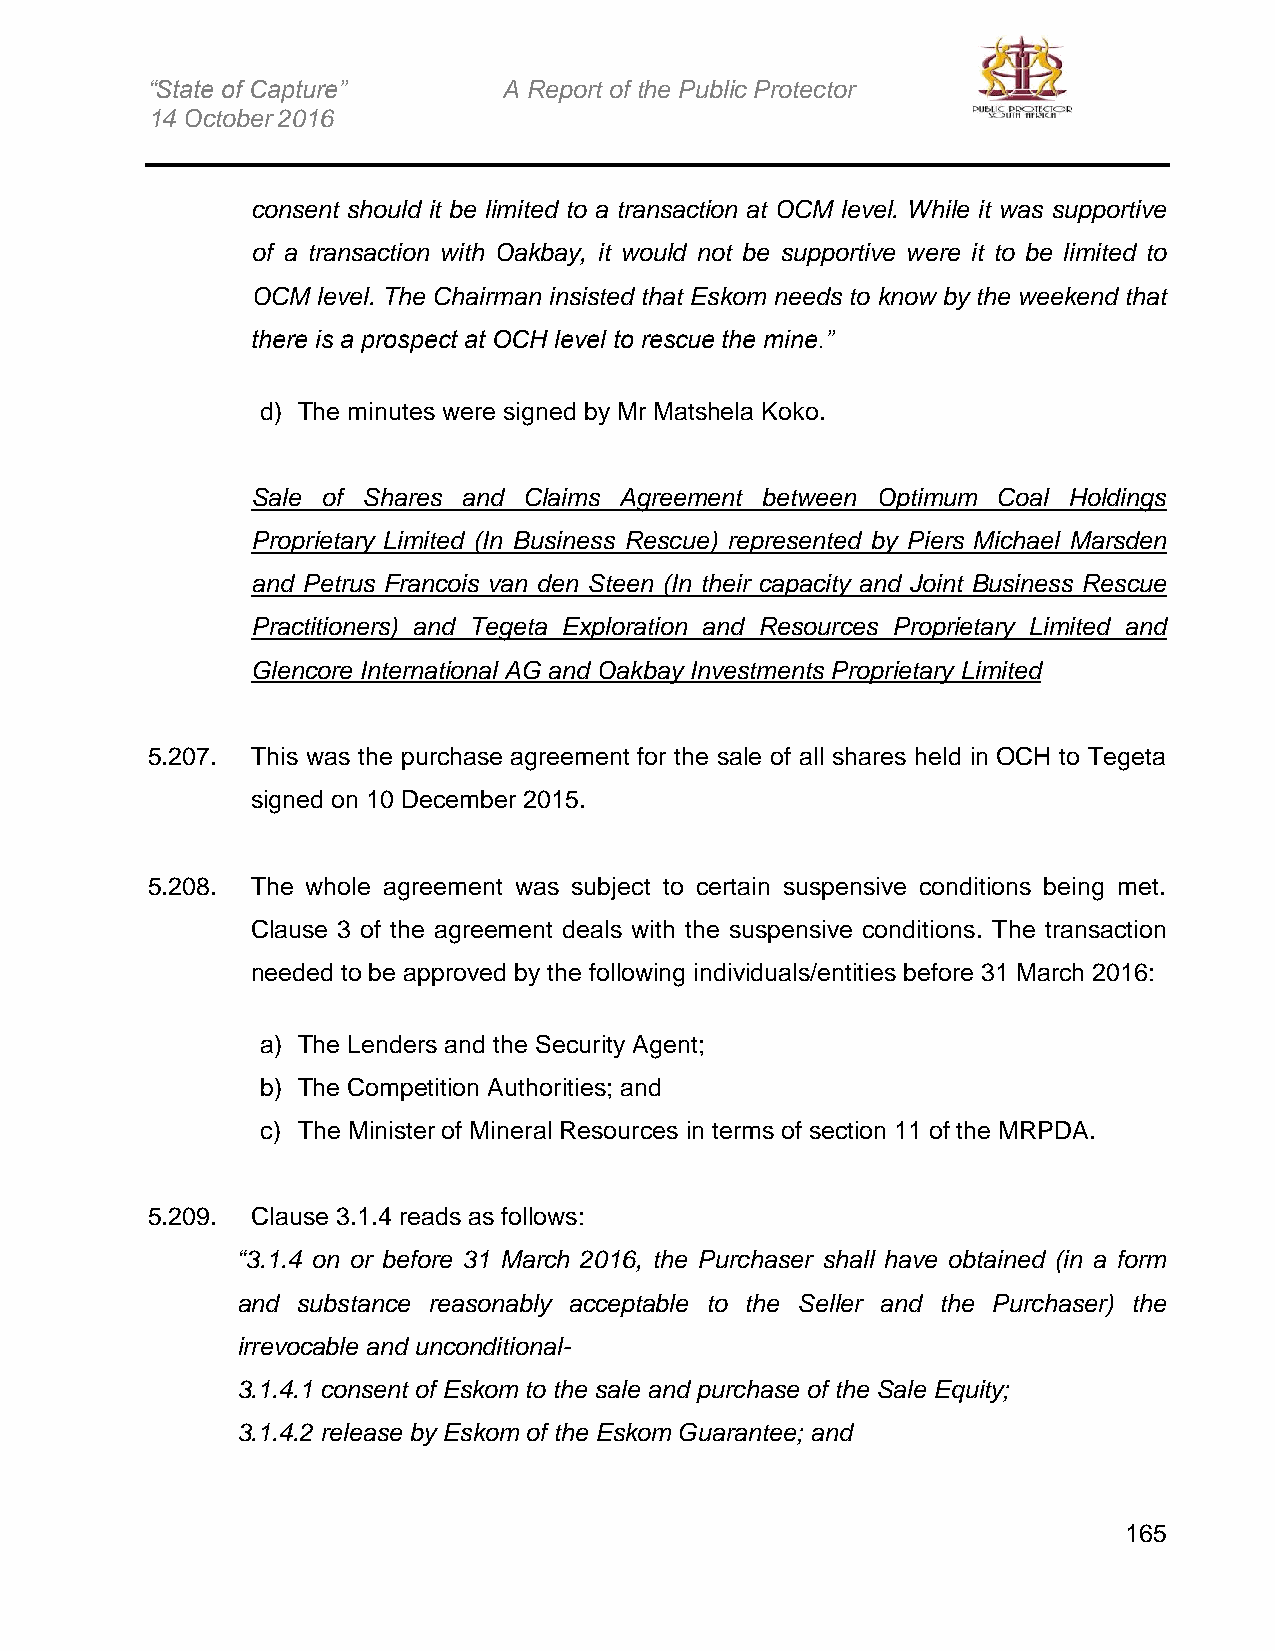
“State of Capture”     A Report of the Public Protector
 14 October 2016
 consent should it be limited to a transaction at OCM level. While it was supportive
 of a transaction with Oakbay, it would not be supportive were it to be limited to
 OCM level. The Chairman insisted that Eskom needs to know by the weekend that
 there is a prospect at OCH level to rescue the mine.”
 d) The minutes were signed by Mr Matshela Koko.
 Sale of Shares and Claims Agreement between Optimum Coal Holdings
 Proprietary Limited (In Business Rescue) represented by Piers Michael Marsden
 and Petrus Francois van den Steen (In their capacity and Joint Business Rescue
 Practitioners) and Tegeta Exploration and Resources Proprietary Limited and
 Glencore International AG and Oakbay Investments Proprietary Limited
 5.207. This was the purchase agreement for the sale of all shares held in OCH to Tegeta
 signed on 10 December 2015.
 5.208. The whole agreement was subject to certain suspensive conditions being met.
 Clause 3 of the agreement deals with the suspensive conditions. The transaction
 needed to be approved by the following individuals/entities before 31 March 2016:
 a) The Lenders and the Security Agent;
 b) The Competition Authorities; and
 c) The Minister of Mineral Resources in terms of section 11 of the MRPDA.
 5.209. Clause 3.1.4 reads as follows:
 “3.1.4 on or before 31 March 2016, the Purchaser shall have obtained (in a form
 and substance reasonably acceptable to the Seller and the Purchaser) the
 irrevocable and unconditional-
 3.1.4.1 consent of Eskom to the sale and purchase of the Sale Equity;
 3.1.4.2 release by Eskom of the Eskom Guarantee; and
 165